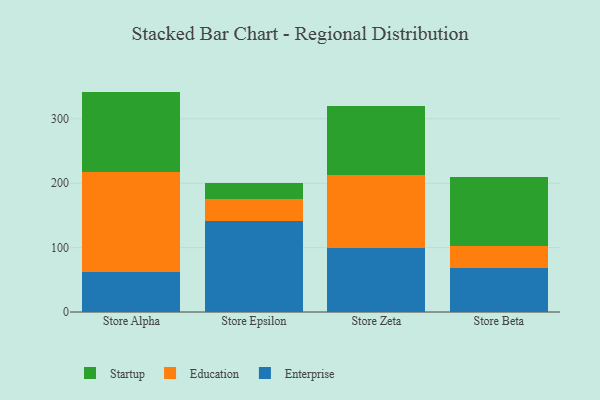
{"axis": {"x": "Store", "y": "Latency (ms)"}, "legend": ["Education", "Enterprise", "Startup"], "data": [{"x": "Store Alpha", "y": 61.6, "type": "Enterprise"}, {"x": "Store Alpha", "y": 156.4, "type": "Education"}, {"x": "Store Alpha", "y": 124.3, "type": "Startup"}, {"x": "Store Epsilon", "y": 142.0, "type": "Enterprise"}, {"x": "Store Epsilon", "y": 34.1, "type": "Education"}, {"x": "Store Epsilon", "y": 24.8, "type": "Startup"}, {"x": "Store Zeta", "y": 99.5, "type": "Enterprise"}, {"x": "Store Zeta", "y": 113.1, "type": "Education"}, {"x": "Store Zeta", "y": 107.5, "type": "Startup"}, {"x": "Store Beta", "y": 69.0, "type": "Enterprise"}, {"x": "Store Beta", "y": 32.8, "type": "Education"}, {"x": "Store Beta", "y": 108.6, "type": "Startup"}]}